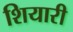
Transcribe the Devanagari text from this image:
शियारी